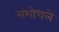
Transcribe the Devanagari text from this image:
संभोधले